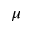
\mu